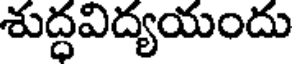
శుద్ధవిద్యయందు